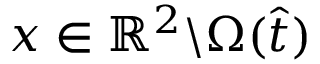
\boldsymbol { x } \in \mathbb { R } ^ { 2 } \backslash \Omega ( \hat { t } )